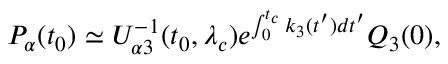
P _ { \alpha } ( t _ { 0 } ) \simeq { \cal U } _ { \alpha 3 } ^ { - 1 } ( t _ { 0 } , \lambda _ { c } ) e ^ { \int _ { 0 } ^ { t _ { c } } k _ { 3 } ( t ^ { \prime } ) d t ^ { \prime } } Q _ { 3 } ( 0 ) ,